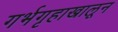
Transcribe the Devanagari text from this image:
गर्भगृहाखालून